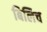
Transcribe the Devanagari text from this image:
बिलिच